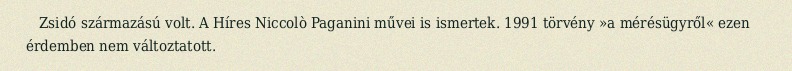
Zsidó származású volt. A Híres Niccolò Paganini művei is ismertek. 1991 törvény »a mérésügyről« ezen érdemben nem változtatott.